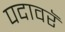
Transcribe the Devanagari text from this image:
पदावरॅ